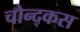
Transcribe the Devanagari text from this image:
चोन्द्कस